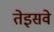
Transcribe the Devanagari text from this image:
तेइसवे